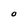
Character: O